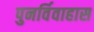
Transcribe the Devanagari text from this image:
पुनर्विवाहास